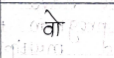
मजकूर: वो